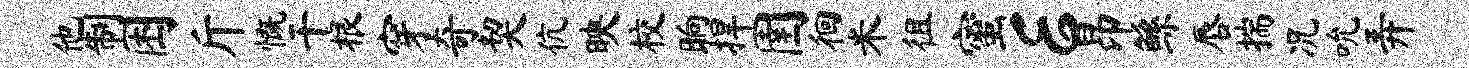
他制困斤慨干根穿奇契伉映校晌捍圉徊米徂蜜E昂鲧唇揣况吮弄